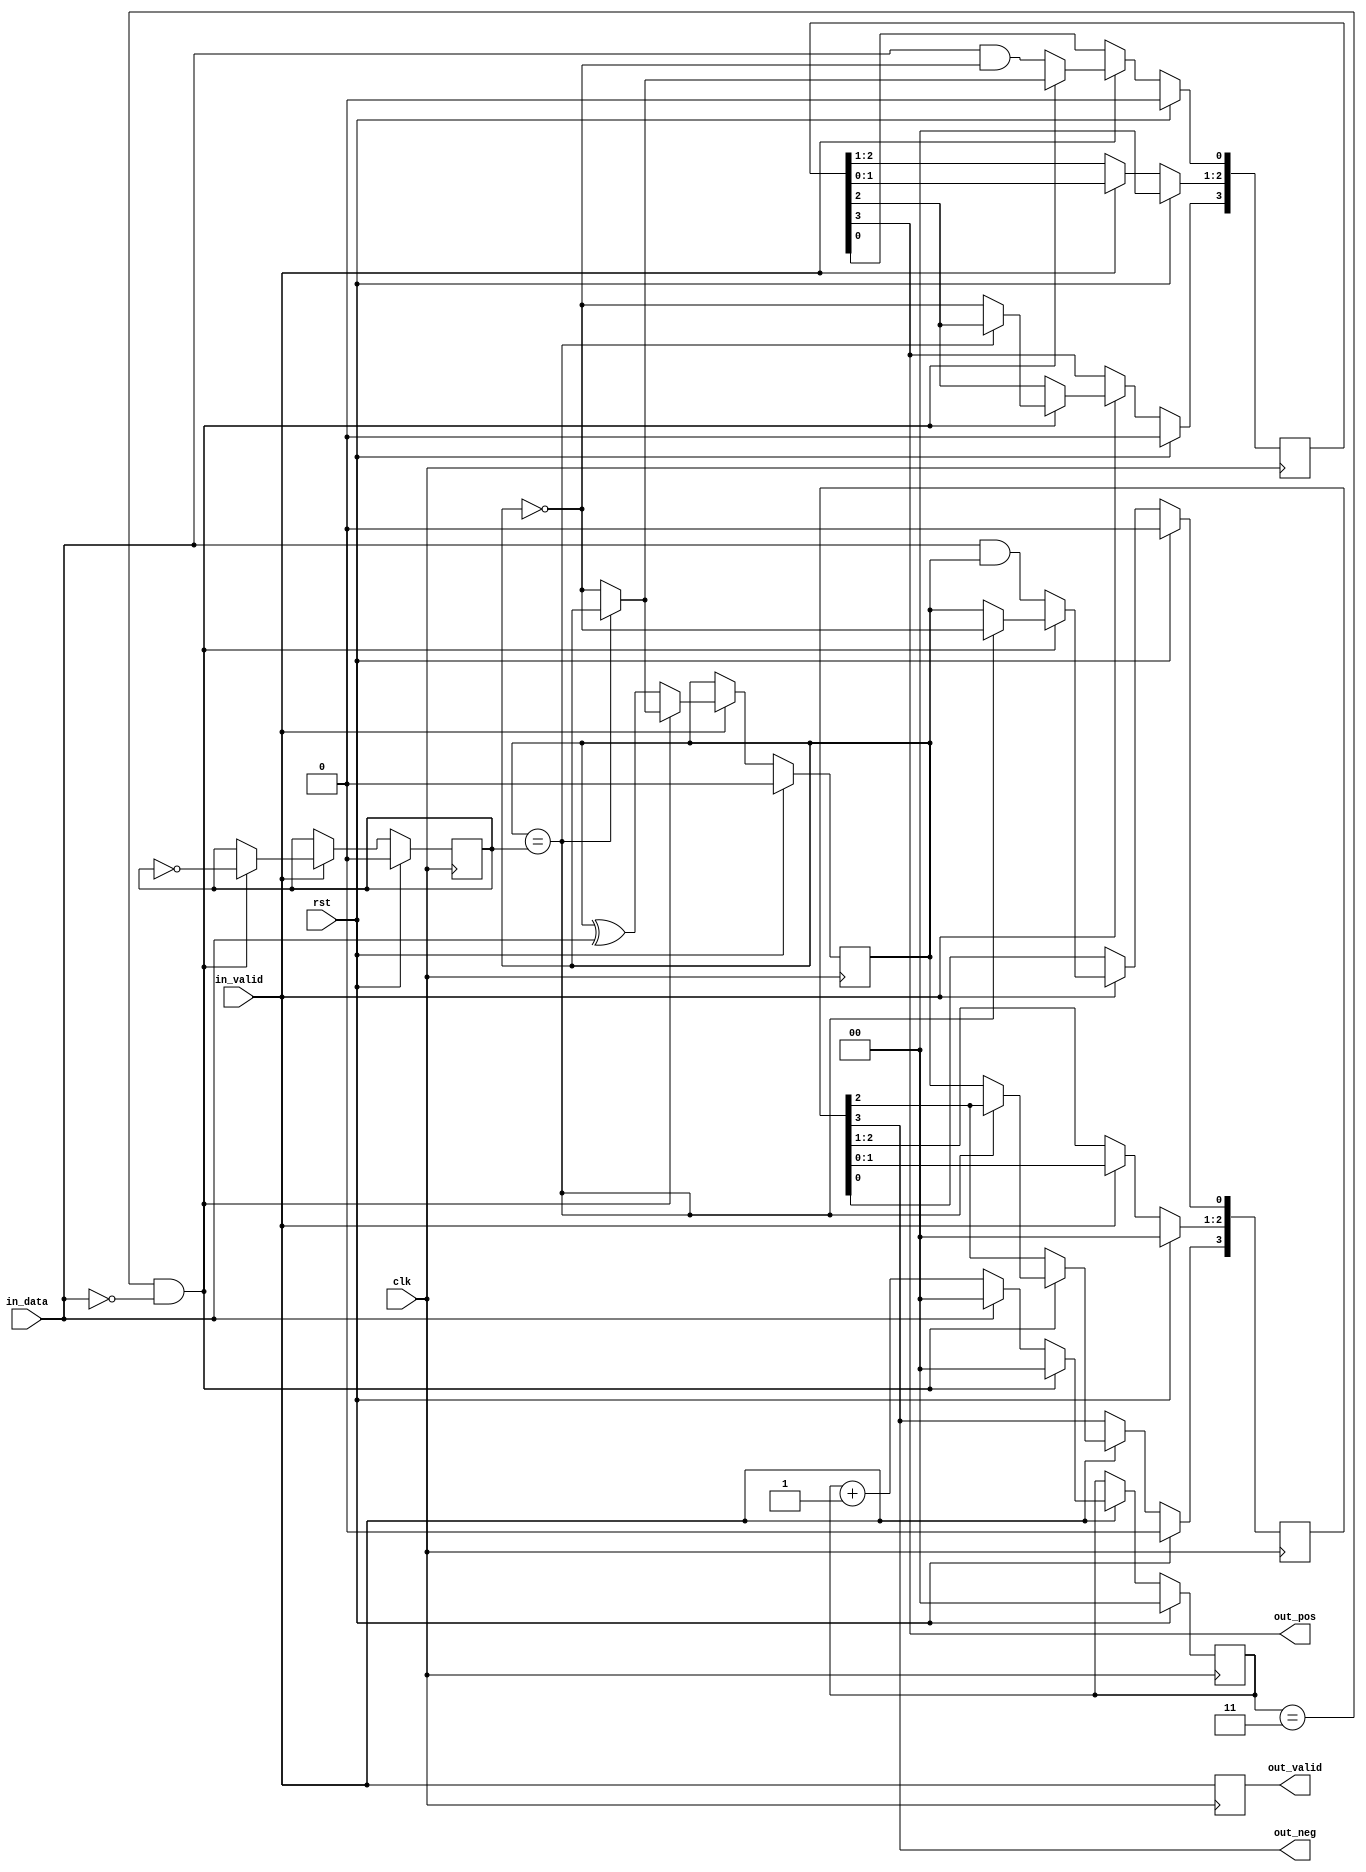
/*
 * hdb3_enc.v
 *
 * vim: ts=4 sw=4
 *
 * HDB3 bit ->symbols encoding as described in G.703
 *
 * Copyright (C) 2019-2020  Sylvain Munaut <tnt@246tNt.com>
 * SPDX-License-Identifier: CERN-OHL-W-2.0
 */

`default_nettype none

module hdb3_enc (
	// Input
	input  wire in_data,
	input  wire in_valid,

	// Output
	output wire out_pos,
	output wire out_neg,
	output reg  out_valid,

	// Common
	input  wire clk,
	input  wire rst
);

	// Signals
	reg [3:0] d_pos;
	reg [3:0] d_neg;

	reg [1:0] zcnt;		// Zero-Count
	reg pstate;			// Pulse state
	reg vstate; 		// Violation state

	// Output
	assign out_pos = d_pos[3];
	assign out_neg = d_neg[3];

	always @(posedge clk)
		out_valid <= in_valid;

	// Main logic
	always @(posedge clk)
	begin
		if (rst) begin
			// Reset state
			d_pos  <= 4'h0;
			d_neg  <= 4'h0;
			zcnt   <= 2'b00;
			pstate <= 1'b0;
			vstate <= 1'b0;

		end else if (in_valid) begin
			// Check for 4 zeros
			if ((zcnt == 2'b11) && (in_data == 1'b0)) begin
				// This is a run, handle special case
				// But need to check if it's 000V or B00V
				if (pstate == vstate) begin
					// Pulse State is the same state as the last violation
					// state. So this next violation state is going to be
					// opposite polarity, so no DC to compensate -> 000V

						// New data: Violation bit
					d_pos[0] <=  pstate;
					d_neg[0] <= ~pstate;

						// Shift reg
					d_pos[3:1] <= d_pos[2:0];
					d_neg[3:1] <= d_neg[2:0];

						// Zero count: Reset
					zcnt <= 2'b00;

						// Pulse state tracking
					pstate <= pstate;

						// Violation state tracking
					vstate <= vstate ^ 1;

				end else begin
					// Pulse State is the opposite state as the last violation
					// state. So this next violation would be the same
					// polarity ... need to use B00V to avoid DC

						// New data: Violation bit
					d_pos[0] <= ~pstate;
					d_neg[0] <=  pstate;

						// Shift reg
					d_pos[2:1] <= d_pos[1:0];
					d_neg[2:1] <= d_neg[1:0];

						// Balancing bit
					d_pos[3] <= ~pstate;
					d_neg[3] <=  pstate;

						// Zero count: Reset
					zcnt <= 2'b00;

						// Pulse state tracking
					pstate <= pstate ^ 1;

						// Violation state tracking
					vstate <= vstate ^ 1;
				end
			end else begin
				// Normal case
					// New data
				d_pos[0] <= in_data & ~pstate;
				d_neg[0] <= in_data &  pstate;

					// Shift reg
				d_pos[3:1] <= d_pos[2:0];
				d_neg[3:1] <= d_neg[2:0];

					// Zero count
				if (in_data == 1'b0)
					zcnt <= zcnt + 1;
				else
					zcnt <= 2'b00;

					// Pulse state tracking
				pstate <= pstate ^ in_data;

					// Violation state tracking
				vstate <= vstate;
			end
		end
	end

endmodule // hdb3_enc